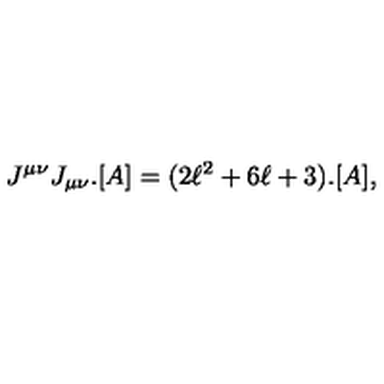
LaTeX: J ^ { \mu \nu } J _ { \mu \nu } . [ A ] = ( 2 \ell ^ { 2 } + 6 \ell + 3 ) . [ A ] ,